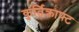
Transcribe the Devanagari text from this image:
कुर्तिक्राफ्ट